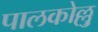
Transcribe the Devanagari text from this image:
पालकोल्लु